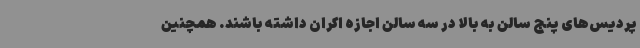
پردیس‌های پنج سالن به بالا در سه سالن اجازه اکران داشته باشند. همچنین